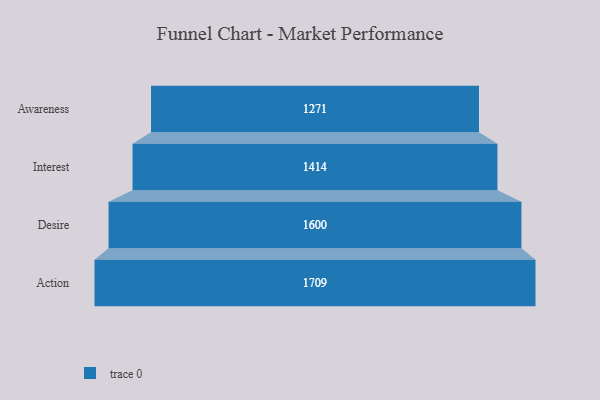
{"axis": {"x": "Stage", "y": "Value"}, "legend": [""], "data": [{"x": "Awareness", "y": 1271.0, "type": ""}, {"x": "Interest", "y": 1414.0, "type": ""}, {"x": "Desire", "y": 1600.0, "type": ""}, {"x": "Action", "y": 1709.0, "type": ""}]}